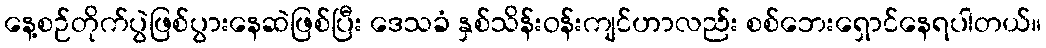
နေ့စဉ်တိုက်ပွဲဖြစ်ပွားနေဆဲဖြစ်ပြီး ဒေသခံ နှစ်သိန်းဝန်းကျင်ဟာလည်း စစ်ဘေးရှောင်နေရပါတယ်။